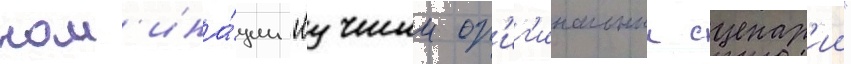
ном'ина́ции "лучшии ор'иг'инальныи сценар'ии"